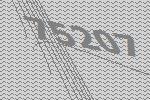
75207